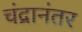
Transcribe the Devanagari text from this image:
चंद्रानंतर